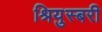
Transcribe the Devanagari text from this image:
श्रियुस्बरी